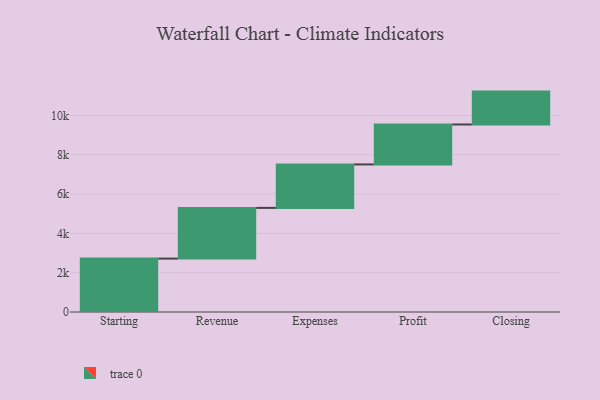
{"axis": {"x": "Step", "y": "Value"}, "legend": [""], "data": [{"x": "Starting", "y": 2716.0, "type": ""}, {"x": "Revenue", "y": 2578.0, "type": ""}, {"x": "Expenses", "y": 2209.0, "type": ""}, {"x": "Profit", "y": 2032.0, "type": ""}, {"x": "Closing", "y": 1672.0, "type": ""}]}